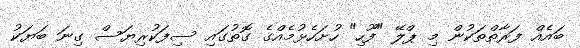
ބައެއް ފަރާތްތަކުން މި ޕްލޭ "ފޫހި" ހުށަހެޅުމެއްގެ ގޮތުގައި ސިފަކުރިޔަސް ގިނަ ބަޔަކު